Indian journal of veterinary science and animal husbandry - Volume 3,
Year: 1933
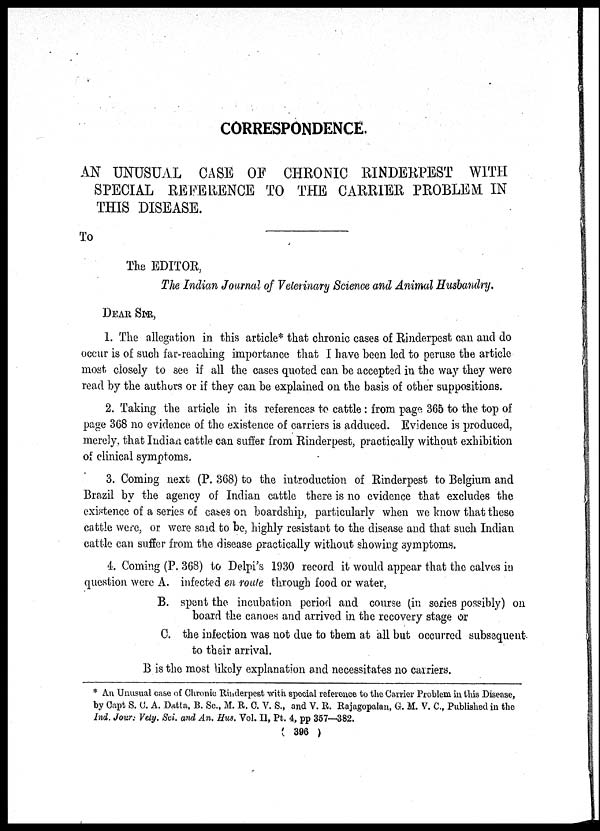
CORRESPONDENCE.
AN UNUSUAL CASE OF CHRONIC RINDERPEST WITH
SPECIAL REFERENCE TO THE CARRIER PROBLEM IN
THIS DISEASE.
To
The EDITOR,
The Indian Journal of Veterinary Science and Animal Husbandry.
DEAR SIR,
1. The allegation in this article* that chronic cases of Rinderpest can and do
occur is of such far-reaching importance that I have been led to peruse the article
most closely to see if all the cases quoted can be accepted in the way they were
read by the authors or if they can be explained on the basis of other suppositions.
2. Taking the article in its references to cattle : from page 365 to the top of
page 368 no evidence of the existence of carriers is adduced. Evidence is produced,
merely, that Indian cattle can suffer from Rinderpest, practically without exhibition
of clinical symptoms.
3. Coming next (P. 368) to the introduction of Rinderpest to Belgium and
Brazil by the agency of Indian cattle there is no evidence that excludes the
existence of a series of cases on boardship, particularly when we know that these
cattle were, or were said to be, highly resistant to the disease and that such Indian
cattle can suffer from the disease practically without showing symptoms.
4. Coming (P. 368) to Delpi's 1930 record it would appear that the calves in
question were A. infected en route through food or water,
B. spent the incubation period and course (in series possibly) on
board the canoes and arrived in the recovery stage or
C. the infection was not due to them at all but occurred subsequent-
to their arrival.
B is the most likely explanation and necessitates no carriers.
* An Unusual case of Chronic Rinderpest with special reference to the Carrier Problem in this Disease,
by Capt S. C. A. Datta, B. Sc., M. R. C. V. S., and V. R. Rajagopalan, G. M. V. C., Published in the
Ind. Jour : Vety. Sci. and An. Hus. Vol. II, Pt. 4, pp 357—382.
( 396 )